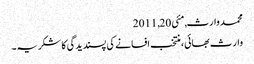
محمد وارث, ‏مئی 20, 2011
وارث بھائی، منتخب افسانے کی پسندیدگی کا شکریہ۔